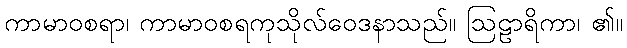
ကာမာဝစရာ၊ ကာမာဝစရကုသိုလ်ဝေဒနာသည်။ ဩဠာရိကာ၊ ၏။